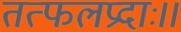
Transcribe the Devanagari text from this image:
तत्फलप्रदाः।।